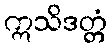
ဣသိဒတ္တံ